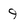
Character: 9